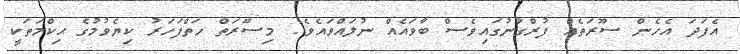
އެފަދަ އެހެން ސޫރަތެއް ފުރްގާނުގައިވެސް ބާވައެއް ނުލައްވައެވެ". މިސޫރަތް ހަތްފަހަރު ކިޔެވުމުގެ ޙިކްމަތަކީ